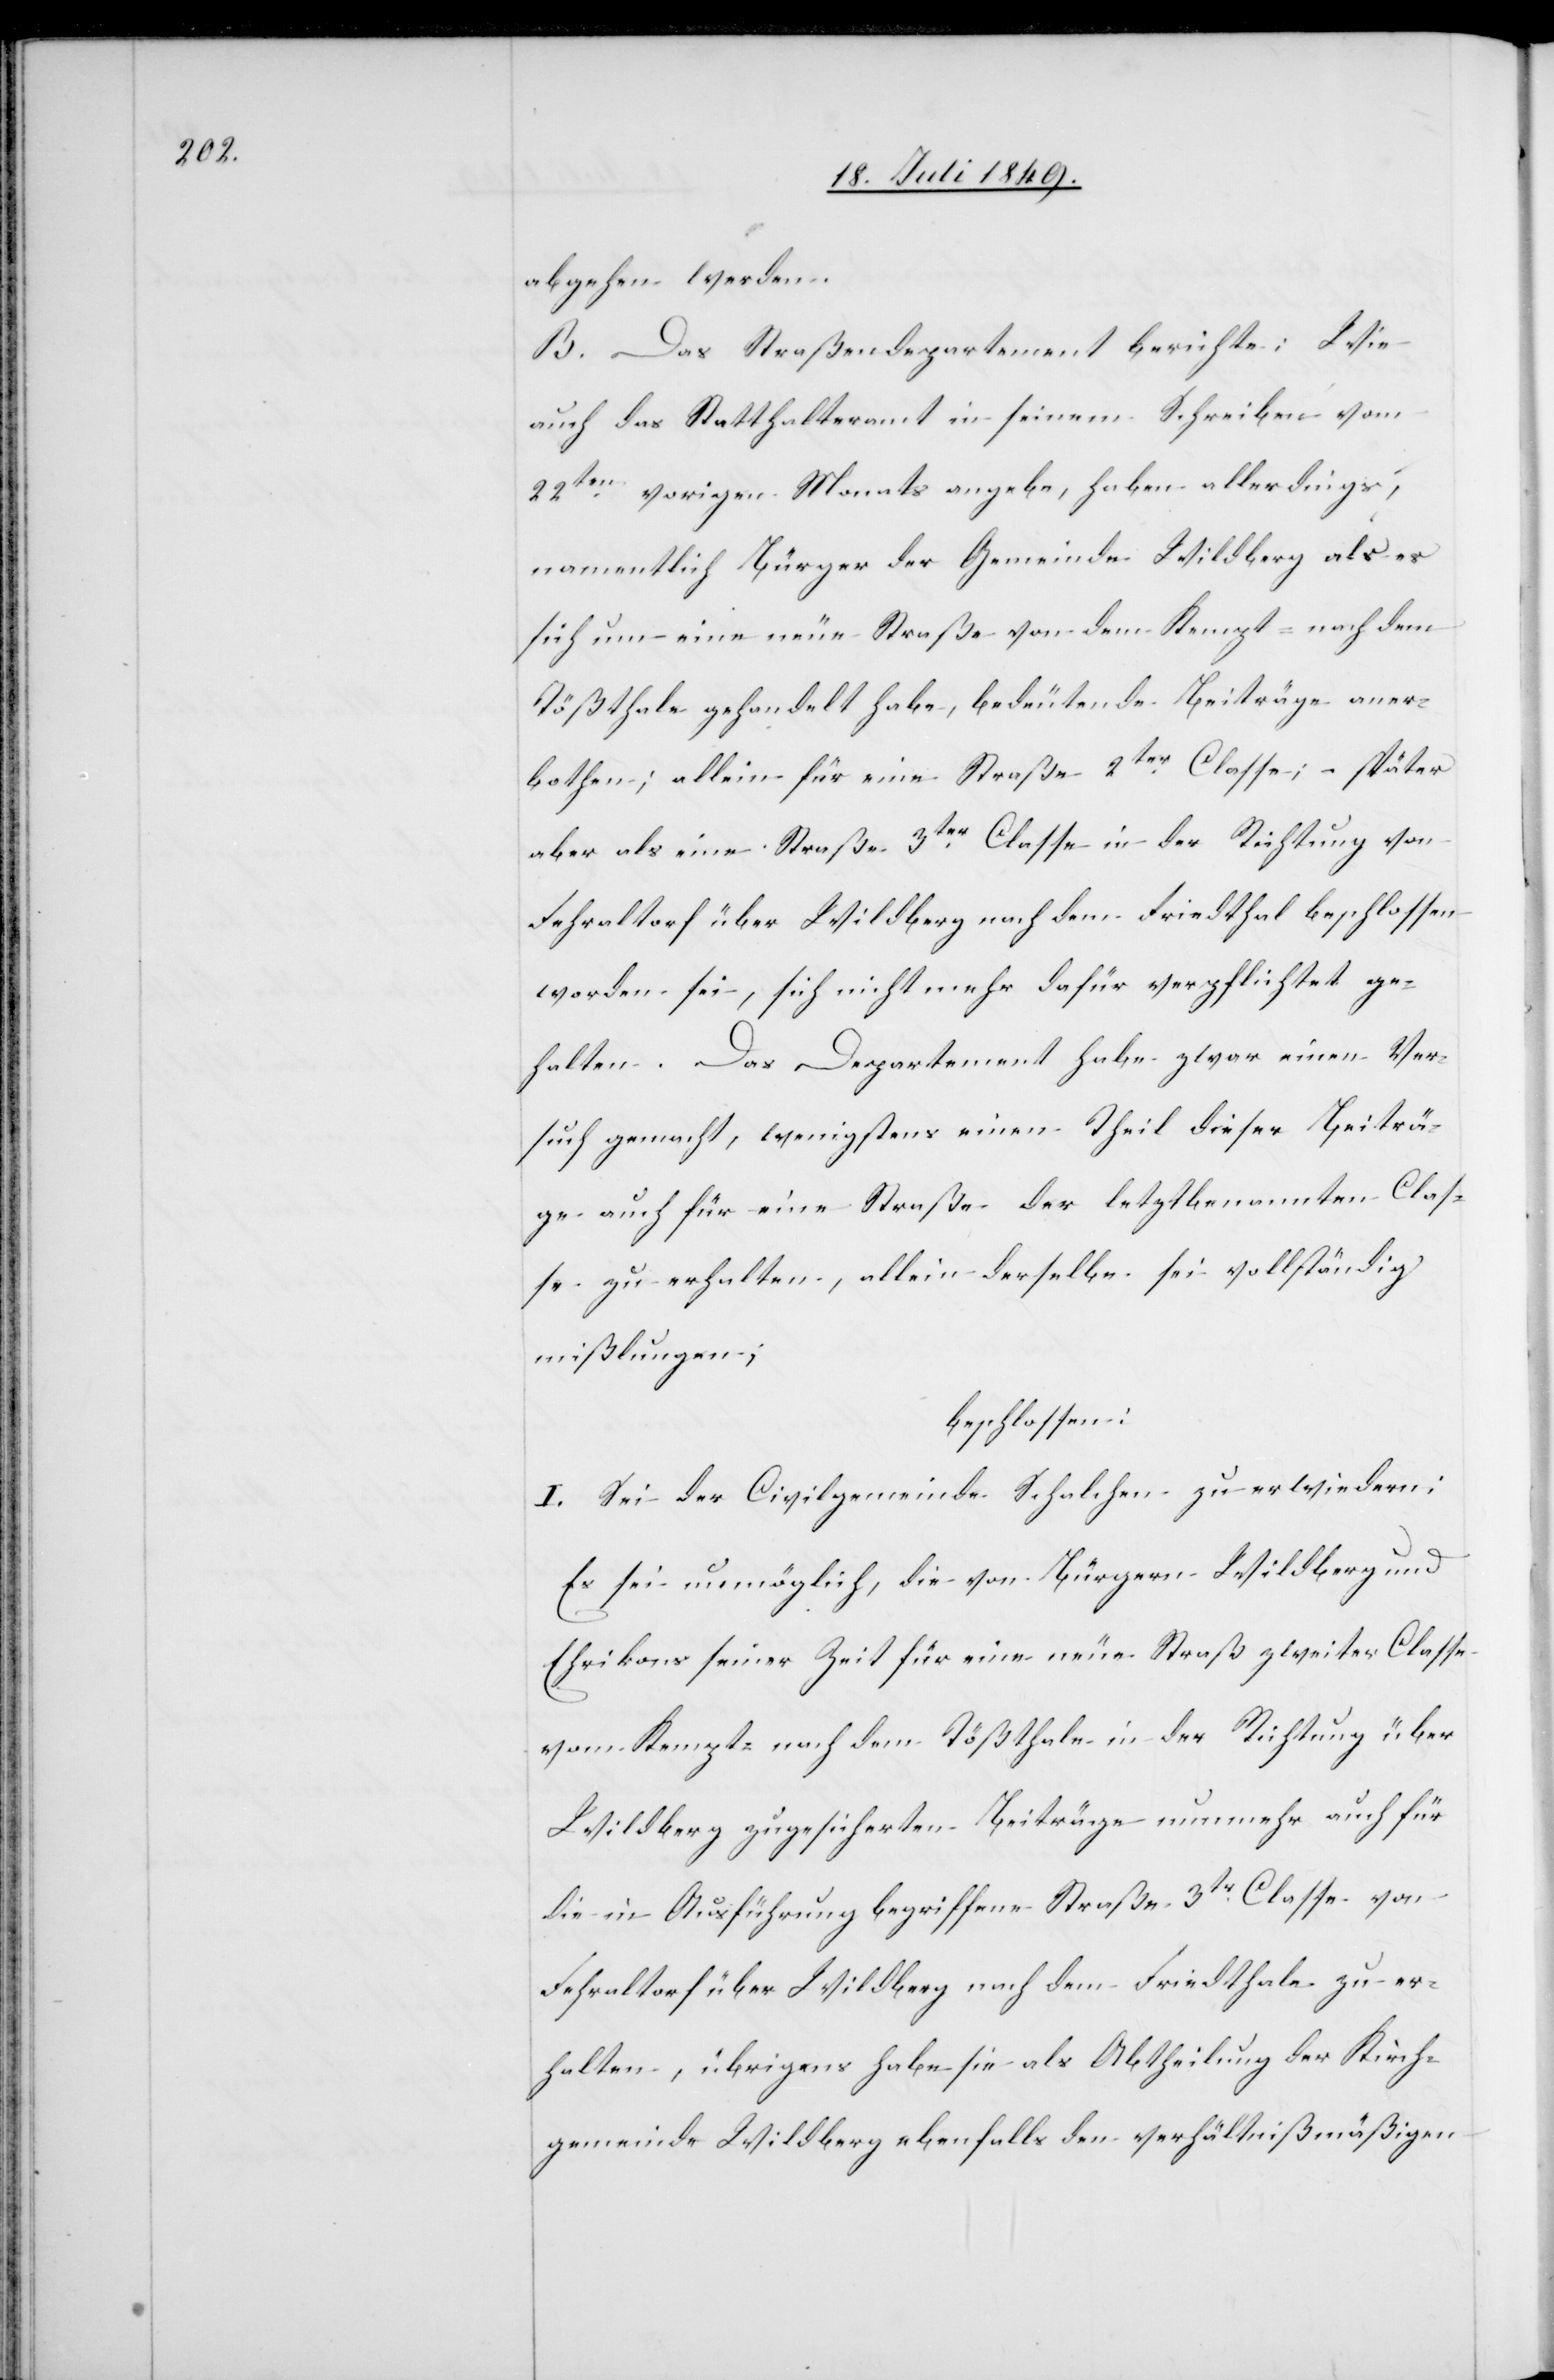
abgehen werden.
B. Das Straßendepartement berichte: Wie
auch das Statthalteramt in seinem Schreiben vom
22ten vorigen Monats angebe, haben allerdings,
namentlich Bürger der Gemeinde Wildberg als es
sich um eine neue Straße von dem Kempt- nach dem
Tößthale gehandelt habe, bedeutende Beiträge aner¬
bothen; allein für eine Straße 2ter Classe; – später
aber als eine Straße 3ter Classe in der Richtung von
Fehraltorf über Wildberg nach dem Friedthal beschlossen
worden sei, sich nicht mehr dafür verpflichtet ge¬
halten. Das Departement habe zwar einen Ver¬
such gemacht, wenigstens einen Theil dieser Beiträ¬
ge auch für eine Straße der letztbenannten Clas¬
se zu erhalten, allein derselbe sei vollständig
mißlungen;
beschlossen:
I. Sei der Civilgemeinde Schalchen zu erwiedern:
Es sei unmöglich, die von Bürgern Wildberg und
Ehrikons seiner Zeit für eine neue Straß zweiter Classe
vom Kempt- nach dem Tößthale in der Richtung über
Wildberg zugesicherten Beiträge nunmehr auch für
die in Ausführung begriffene Straße 3tr Classe von
Fehraltorf über Wildberg nach dem Friedthale zu er¬
halten, übrigens habe sie als Abtheilung der Kirch¬
gemeinde Wildberg ebenfalls den verhältnißmäßigen